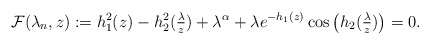
\begin{align*} {\cal F} (\lambda_n, z) := h^2_1 (z) - h^2_2 (\tfrac{\lambda}{z}) + \lambda^\alpha + \lambda e^{-h_1 (z)} \cos \big(h_2 (\tfrac{\lambda}{z}) \big) = 0. \end{align*}